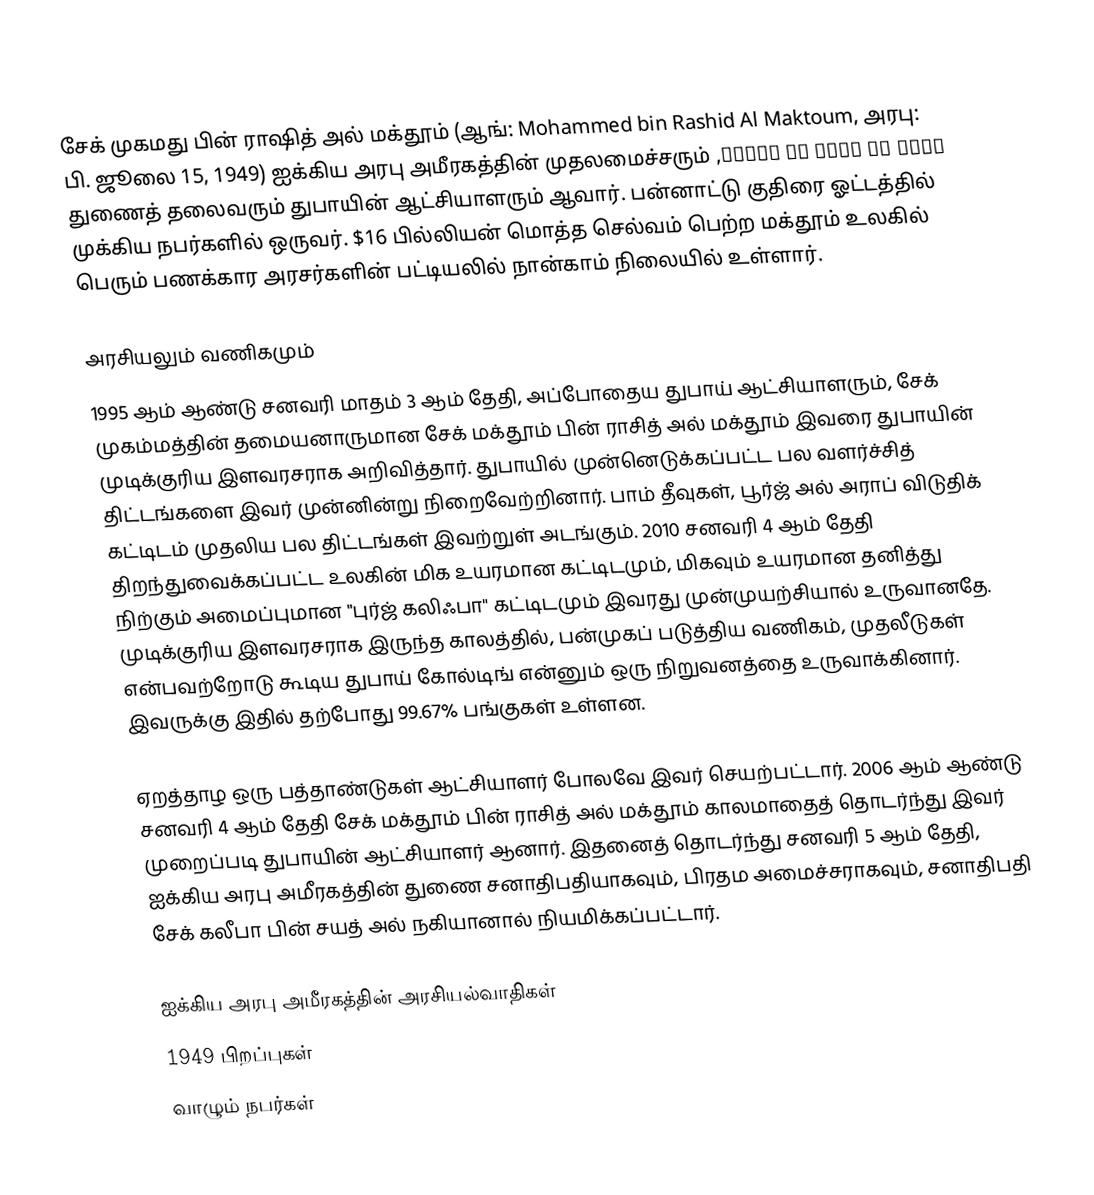
சேக் முகமது பின் ராஷித் அல் மக்தூம் (ஆங்: Mohammed bin Rashid Al Maktoum, அரபு: محمد بن راشد آل مكتوم, பி. ஜூலை 15, 1949) ஐக்கிய அரபு அமீரகத்தின் முதலமைச்சரும் துணைத் தலைவரும் துபாயின் ஆட்சியாளரும் ஆவார். பன்னாட்டு குதிரை ஓட்டத்தில் முக்கிய நபர்களில் ஒருவர். $16 பில்லியன் மொத்த செல்வம் பெற்ற மக்தூம் உலகில் பெரும் பணக்கார அரசர்களின் பட்டியலில் நான்காம் நிலையில் உள்ளார்.

அரசியலும் வணிகமும்
1995 ஆம் ஆண்டு சனவரி மாதம் 3 ஆம் தேதி, அப்போதைய துபாய் ஆட்சியாளரும், சேக் முகம்மத்தின் தமையனாருமான சேக் மக்தூம் பின் ராசித் அல் மக்தூம் இவரை துபாயின் முடிக்குரிய இளவரசராக அறிவித்தார். துபாயில் முன்னெடுக்கப்பட்ட பல வளர்ச்சித் திட்டங்களை இவர் முன்னின்று நிறைவேற்றினார். பாம் தீவுகள், பூர்ஜ் அல் அராப் விடுதிக் கட்டிடம் முதலிய பல திட்டங்கள் இவற்றுள் அடங்கும். 2010 சனவரி 4 ஆம் தேதி திறந்துவைக்கப்பட்ட உலகின் மிக உயரமான கட்டிடமும், மிகவும் உயரமான தனித்து நிற்கும் அமைப்புமான "புர்ஜ் கலிஃபா" கட்டிடமும் இவரது முன்முயற்சியால் உருவானதே. முடிக்குரிய இளவரசராக இருந்த காலத்தில், பன்முகப் படுத்திய வணிகம், முதலீடுகள் என்பவற்றோடு கூடிய துபாய் கோல்டிங் என்னும் ஒரு நிறுவனத்தை உருவாக்கினார். இவருக்கு இதில் தற்போது 99.67% பங்குகள் உள்ளன.

ஏறத்தாழ ஒரு பத்தாண்டுகள் ஆட்சியாளர் போலவே இவர் செயற்பட்டார். 2006 ஆம் ஆண்டு சனவரி 4 ஆம் தேதி சேக் மக்தூம் பின் ராசித் அல் மக்தூம் காலமாதைத் தொடர்ந்து இவர் முறைப்படி துபாயின் ஆட்சியாளர் ஆனார். இதனைத் தொடர்ந்து சனவரி 5 ஆம் தேதி, ஐக்கிய அரபு அமீரகத்தின் துணை சனாதிபதியாகவும், பிரதம அமைச்சராகவும், சனாதிபதி சேக் கலீபா பின் சயத் அல் நகியானால் நியமிக்கப்பட்டார்.

ஐக்கிய அரபு அமீரகத்தின் அரசியல்வாதிகள்
1949 பிறப்புகள்
வாழும் நபர்கள்